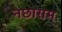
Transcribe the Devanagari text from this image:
नछाराम